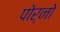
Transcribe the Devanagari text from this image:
पोर्नो